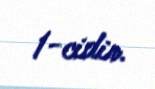
1-cidir.